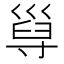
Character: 𡬸